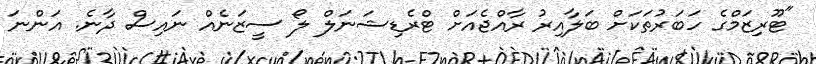
"ޓޫރިޒަމްގެ ހަބަރުތަކަށް ބަލާއިރު ރާއްޖެއަށް ޓްރެޑިޝަނަލް ލޯ ސީޒަނެއް ނައިސް ދާނެ. އަންނަ